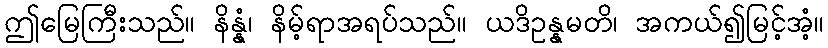
ဤမြေကြီးသည်။ နိန္နံ၊ နိမ့်ရာအရပ်သည်။ ယဒိဥန္နမတိ၊ အကယ်၍မြင့်အံ့။